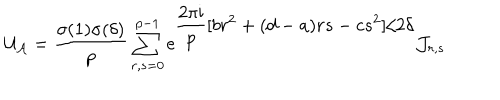
{ \cal U } _ { \cal A } = \frac { \sigma ( 1 ) \sigma ( \delta ) } { p } \sum _ { r , s = 0 } ^ { p - 1 } \mathrm { e } ^ { \displaystyle \frac { 2 \pi \mathrm { i } } { p } [ b r ^ { 2 } + ( d - a ) r s - c s ^ { 2 } ] / 2 \delta } { \cal J } _ { r , s }